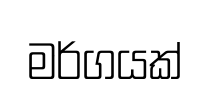
මර්ගයක්